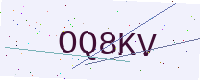
Text: OQ8KV